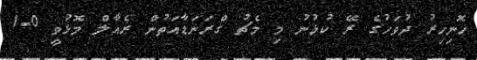
ހޮނިހިރު ދުވަހުގެ ރޭ ކުޅުނު މި މެޗު ގްރަނަޑާއަތުން ރެއާލް މޮޅުވީ 0-1